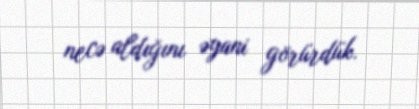
necə aldığını əyani görürdük.